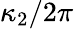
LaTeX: \kappa_{2}/2\pi